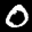
Label: 0